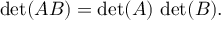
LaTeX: \operatorname * { d e t } ( A B ) = \operatorname * { d e t } ( A ) \, \operatorname * { d e t } ( B ) .